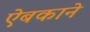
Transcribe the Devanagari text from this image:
ऐबकाने